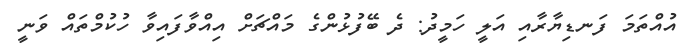
އުއްތަމަ ފަނޑިޔާރާއި އަލީ ހަމީދު: ދެ ބޭފުޅުންގެ މައްޗަށް އިއްވާފައިވާ ހުކުމްތައް ވަނީ